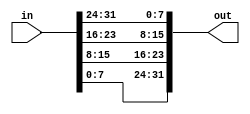
`timescale 1ns / 1ps

module introduction2_32(
    input  [31:0] in,
    output [31:0] out
    );
    
    assign out [7:0] = in[31:24];
    assign out [15:8] = in[23:16];
    assign out[23:16] = in[15:8];
    assign out[31:24] = in[7:0];
    
endmodule